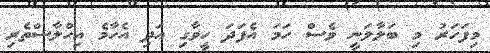
މިފަހަރު މި ބަލާލަނީ ވެސް ހަމަ އެފަދަ ހީވާގި އަދި އެހާމެ އިހްލާސްތެރި